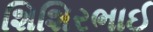
શિશિરભાઈ